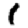
Digit: 1